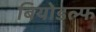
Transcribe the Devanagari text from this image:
बियोडल्फ